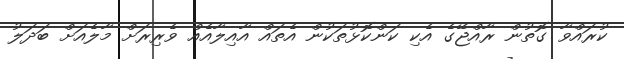
ކުރައްވާ ގޮތުން ރާއްޖޭގެ އެކި ކަންކޮޅުތަކުން އެތައް އާއިލާއެއް ވެރިރަށް މާލެއަށް ބަދަލު